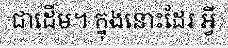
ជាដើម។ ក្នុងនោះដែរ អ្វី